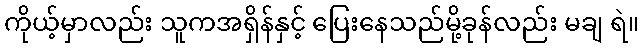
ကိုယ့်မှာလည်း သူကအရှိန်နှင့် ပြေးနေသည်မို့ခုန်လည်း မချ ရဲ။